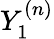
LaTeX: Y_{1}^{(n)}